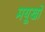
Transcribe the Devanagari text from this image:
मयूखों